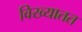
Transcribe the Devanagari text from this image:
विख्यातत